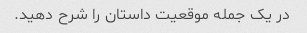
در یک جمله موقعیت داستان را شرح دهید.